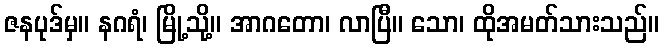
ဇနပုဒ်မှ။ နဂရံ၊ မြို့သို့။ အာဂတော၊ လာပြီ။ သော၊ ထိုအမတ်သားသည်။